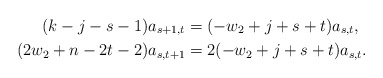
\begin{align*} (k-j-s-1)a_{s+1,t} & = (-w_2+j+s+t)a_{s,t} , \\ (2w_2 + n - 2t - 2)a_{s,t+1} & = 2(-w_2+j+s+t)a_{s,t} . \end{align*}